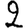
Digit: 2